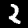
Digit: 2